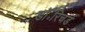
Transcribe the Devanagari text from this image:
डॉ॰रिचर्ड